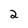
Character: 2